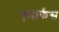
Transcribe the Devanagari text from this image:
एमार्फस